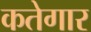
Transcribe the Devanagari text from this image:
कतेगार